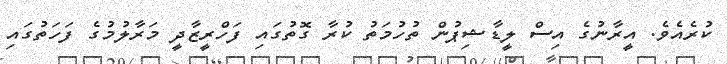
ކުރެއެވެ. އީރާނުގެ އިސް ލީޑާޝިޕުން ތުހުމަތު ކުރާ ގޮތުގައި ފަހްރީޒާދީ މަރާލުމުގެ ފަހަތުގައި